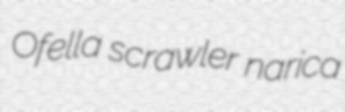
Ofella scrawler narica